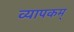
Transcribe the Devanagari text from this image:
व्यापकम्